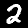
Label: 2